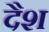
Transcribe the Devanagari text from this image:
दैश